Report on sanitation, dispensaries, and jails in Rajputana for 1918, and on vaccination for the year 1918-1919 - 1918-1919
Year: 1918
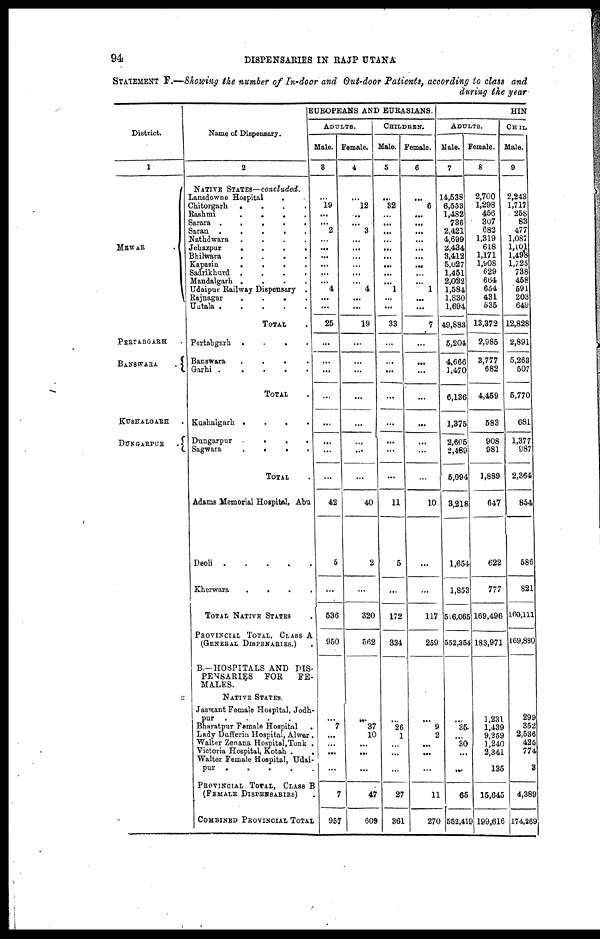
94
DISPENSARIES IN RAJPUTANA
STATEMENT F.—Showing the number of In-door and Out-door Patients, according to class and
during the year
District.
1
MEWAR .
PERTABGARH .
BANSWARA
.
KUSHALGARH .
DUNGARPUR
.
Name of Dispensary.
2
NATIVE STATES—concluded.
Lansdowne Hospital ..
Chitorgarh
....
Rashmi
....
Sarara
Saran
.....
Nathdwara
....
Jehazpur
....
Bhilwara
....
Kapasin
....
Sadrikhurd
....
Mandalgarh
....
Udaipur Railway Dispensary .
Rajnagar
....
Untala
.....
TOTAL .
Pertabgarh
....
Banswara
....
Garhi
.....
TOTAL .
Kushalgarh
....
Dungarpur
....
Sagwara
....
TOTAL .
Adams Memorial Hospital, Abu
Deoli
.....
Kherwara
....
TOTAL NATIVE STATES .
PROVINCEAL TOTAL, CLASS A
(GENERAL DISPENSRIES.)
B.—HOSPITALS AND DIS-
PENSARIES
FOR
FE-
MALES.
NATIVE STATES.
Jaswant Female Hospital, Jodh¬
pur .....
Bharatpur Female Hospital
.
Lady Dufferin Hospital, Alwar.
Walter Zenana Hospital,Tonk .
Victoria Hospital, Kotah ..
Walter Female Hospital, Udai-
pur
.....
PROVINCIAL TOTAL, CLASS B
(FEMALE DISPENSARIES) .
COMBINED PROVINCIAL TOTAL
EUROPEANS AND EURASIANS.
ADULTS.
Male.
3
...
19
...
...
2
...
...
...
...
...
...
4
...
...
25
...
...
...
...
...
...
...
...
42
5
...
536
950
...
7
...
...
...
...
7
957
Female.
4
...
12
...
...
3
...
...
...
...
...
...
4
...
...
19
...
...
...
...
...
...
...
...
40
2
...
320
562
...
37
10
...
...
...
47
609
CHILDREN.
Male.
5
...
32
...
...
...
...
...
...
...
...
...
1
...
...
33
...
...
...
...
...
...
...
...
11
5
...
172
334
...
26
1
...
...
...
27
861
Female.
6
...
6
...
...
...
...
...
...
...
...
...
1
...
...
7
...
...
...
...
...
...
...
...
10
...
...
117
259
...
9
2
...
...
...
11
270
HIN
ADULTS.
Male.
7
14,538
6,553
1,482
736
2,421
4,699
2,434
3,412
5,027
1,451
2,022
1,584
1,830
1,694
49,883
5,204
4,666
1,470
6,136
1,375
2,605
2,489
5,094
3,218
1,654
1,853
516,065
552,354
...
35
...
30
...
...
65
552,419
Female.
8
2,700
1,298
456
307
682
1,319
618
1,171
1,908
629
664
654
431
535
13,372
2,985
3,777
682
4,459
583
908
981
1,889
647
622
777
169,496
183,971
3,231
1,439
9,259
1,240
2,341
135
15,645
199,616
CHIL
Male.
9
2,243
1,717
258
83
477
1,087
1,101
1,498
1,725
738
458
591
203
649
12,828
2,891
5,263
507
5,770
681
1,377
987
2,364
854
586
821
160,111
169,880
299
352
2,536
425
774
3
4,389
174,269